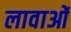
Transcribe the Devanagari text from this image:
लावाओं